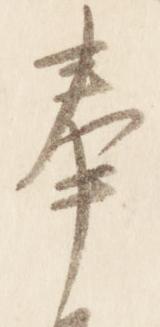
奉